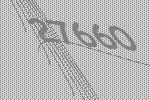
27660